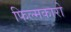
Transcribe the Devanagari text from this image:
फिल्मकारो